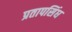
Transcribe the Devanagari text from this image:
प्रतापसिंघ